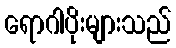
ရောဂါပိုးများသည်